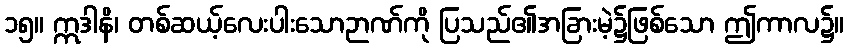
၁၅။ ဣဒါနိ၊ တစ်ဆယ့်လေးပါးသောဉာဏ်ကို ပြသည်၏အခြားမဲ့၌ဖြစ်သော ဤကာလ၌။